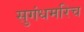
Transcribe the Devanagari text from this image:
सुगंधमरिच